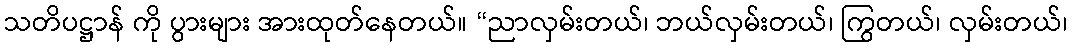
သတိပဋ္ဌာန် ကို ပွားများ အားထုတ်နေတယ်။ “ညာလှမ်းတယ်၊ ဘယ်လှမ်းတယ်၊ ကြွတယ်၊ လှမ်းတယ်၊